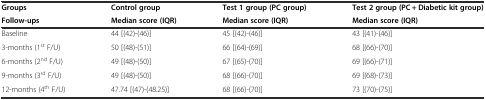
| Groups | Control group | Test 1 group (PC group) | Test 2 group (PC + Diabetic kit group) |
 | Follow-ups | Median score (IQR) | Median score (IQR) | Median score (IQR) |
 | --- | --- | --- | --- |
 | Baseline | 44 [(42)-(46)] | 45 [(42)-(46)] | 43 [(41)-(46)] |
 | 3-months (1st F/U) | 50 [(48)-(51)] | 66 [(64)-(69)] | 68 [(66)-(70)] |
 | 6-months (2nd F/U) | 49 [(48)-(50)] | 67 [(65)-(70)] | 69 [(66)-(71)] |
 | 9-months (3rd F/U) | 49 [(48)-(50)] | 68 [(66)-(70)] | 69 [(68)-(73)] |
 | 12-months (4th F/U) | 47.74 [(47)-(48.25)] | 68 [(66)-(70)] | 73 [(70)-(75)] |